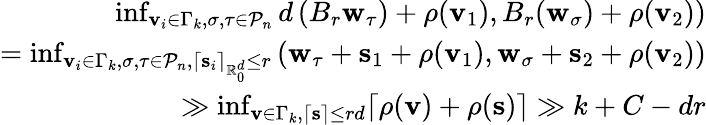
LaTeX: \begin{array}{r}{\operatorname*{inf}_{\mathbf{v}_{i}\in\Gamma_{k},\sigma,\tau\in\mathcal{P}_{n}}d\left(B_{r}\mathbf{w}_{\tau})+\rho(\mathbf{v}_{1}),B_{r}(\mathbf{w}_{\sigma})+\rho(\mathbf{v}_{2})\right)}\\ {=\operatorname*{inf}_{\mathbf{v}_{i}\in\Gamma_{k},\sigma,\tau\in\mathcal{P}_{n},\lceil\mathbf{s}_{i}\rceil_{\mathbb{R}_{0}^{d}}\leq r}\left(\mathbf{w}_{\tau}+\mathbf{s}_{1}+\rho(\mathbf{v}_{1}),\mathbf{w}_{\sigma}+\mathbf{s}_{2}+\rho(\mathbf{v}_{2})\right)}\\ {\gg\operatorname*{inf}_{\mathbf{v}\in\Gamma_{k},\lceil\mathbf{s}\rceil\leq rd}\lceil\rho(\mathbf{v})+\rho(\mathbf{s})\rceil\gg k+C-dr}\end{array}